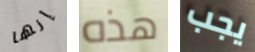
إنها هذه يجب